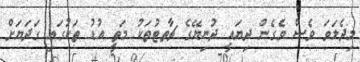
މިދެލަވަ ވެސް ވެގެން ދިޔައީ ދުނިޔޭގެ ޗާތޓުތަކު މަތީ އުޑު ތަކުގައި ގަދަޔަށް